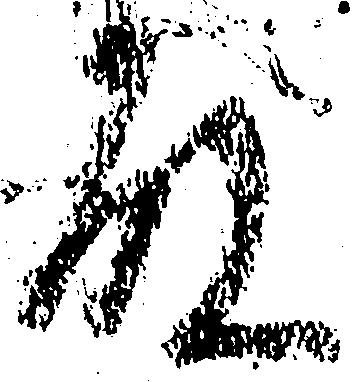
殿